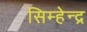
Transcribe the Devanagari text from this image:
सिम्हेन्द्र